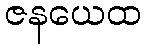
ဇနယေထ